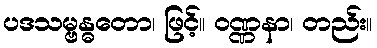
ပဒသမ္ဗန္ဓတော၊ ဖြင့်။ ဝဏ္ဏနာ၊ တည်း။